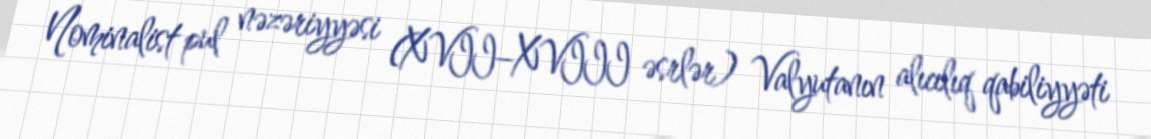
Nominalist pul nəzəriyyəsi (XVII–XVIII əsrlər) Valyutanın alıcılıq qabiliyyəti